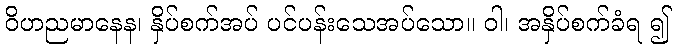
ဝိဟညမာနေန၊ နှိပ်စက်အပ် ပင်ပန်းသေအပ်သော။ ဝါ၊ အနှိပ်စက်ခံရ ၍